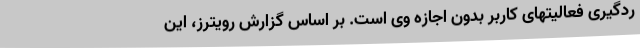
ردگیری فعالیتهای کاربر بدون اجازه وی است. بر اساس گزارش رویترز، این